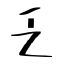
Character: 乏